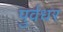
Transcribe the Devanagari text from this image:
पुर्वधर